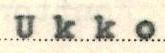
Ukko